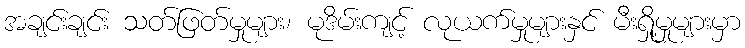
အချင်းချင်း သတ်ဖြတ်မှုများ၊ မုဒိမ်းကျင့် လုယက်မှုများနှင် မီးရှို့မှုများမှာ